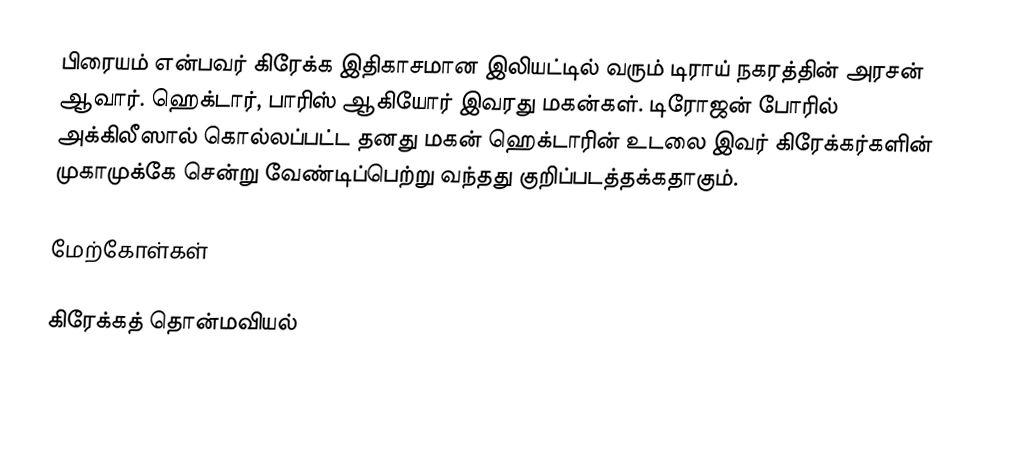
பிரையம் என்பவர் கிரேக்க இதிகாசமான இலியட்டில் வரும் டிராய் நகரத்தின் அரசன் ஆவார். ஹெக்டார், பாரிஸ் ஆகியோர் இவரது மகன்கள். டிரோஜன் போரில் அக்கிலீஸால் கொல்லப்பட்ட தனது மகன் ஹெக்டாரின் உடலை இவர் கிரேக்கர்களின் முகாமுக்கே சென்று வேண்டிப்பெற்று வந்தது குறிப்படத்தக்கதாகும்.

மேற்கோள்கள்

கிரேக்கத் தொன்மவியல்